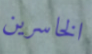
الخاسرين